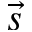
\vec { s }